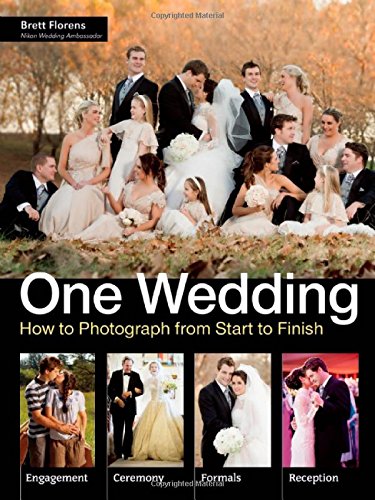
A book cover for One Wedding: How to Photograph a Wedding from Start to Finish; Brett Florens; Crafts, Hobbies & Home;